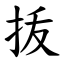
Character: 㧞